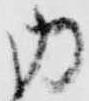
内